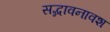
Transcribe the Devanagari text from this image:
सद्भावनावश